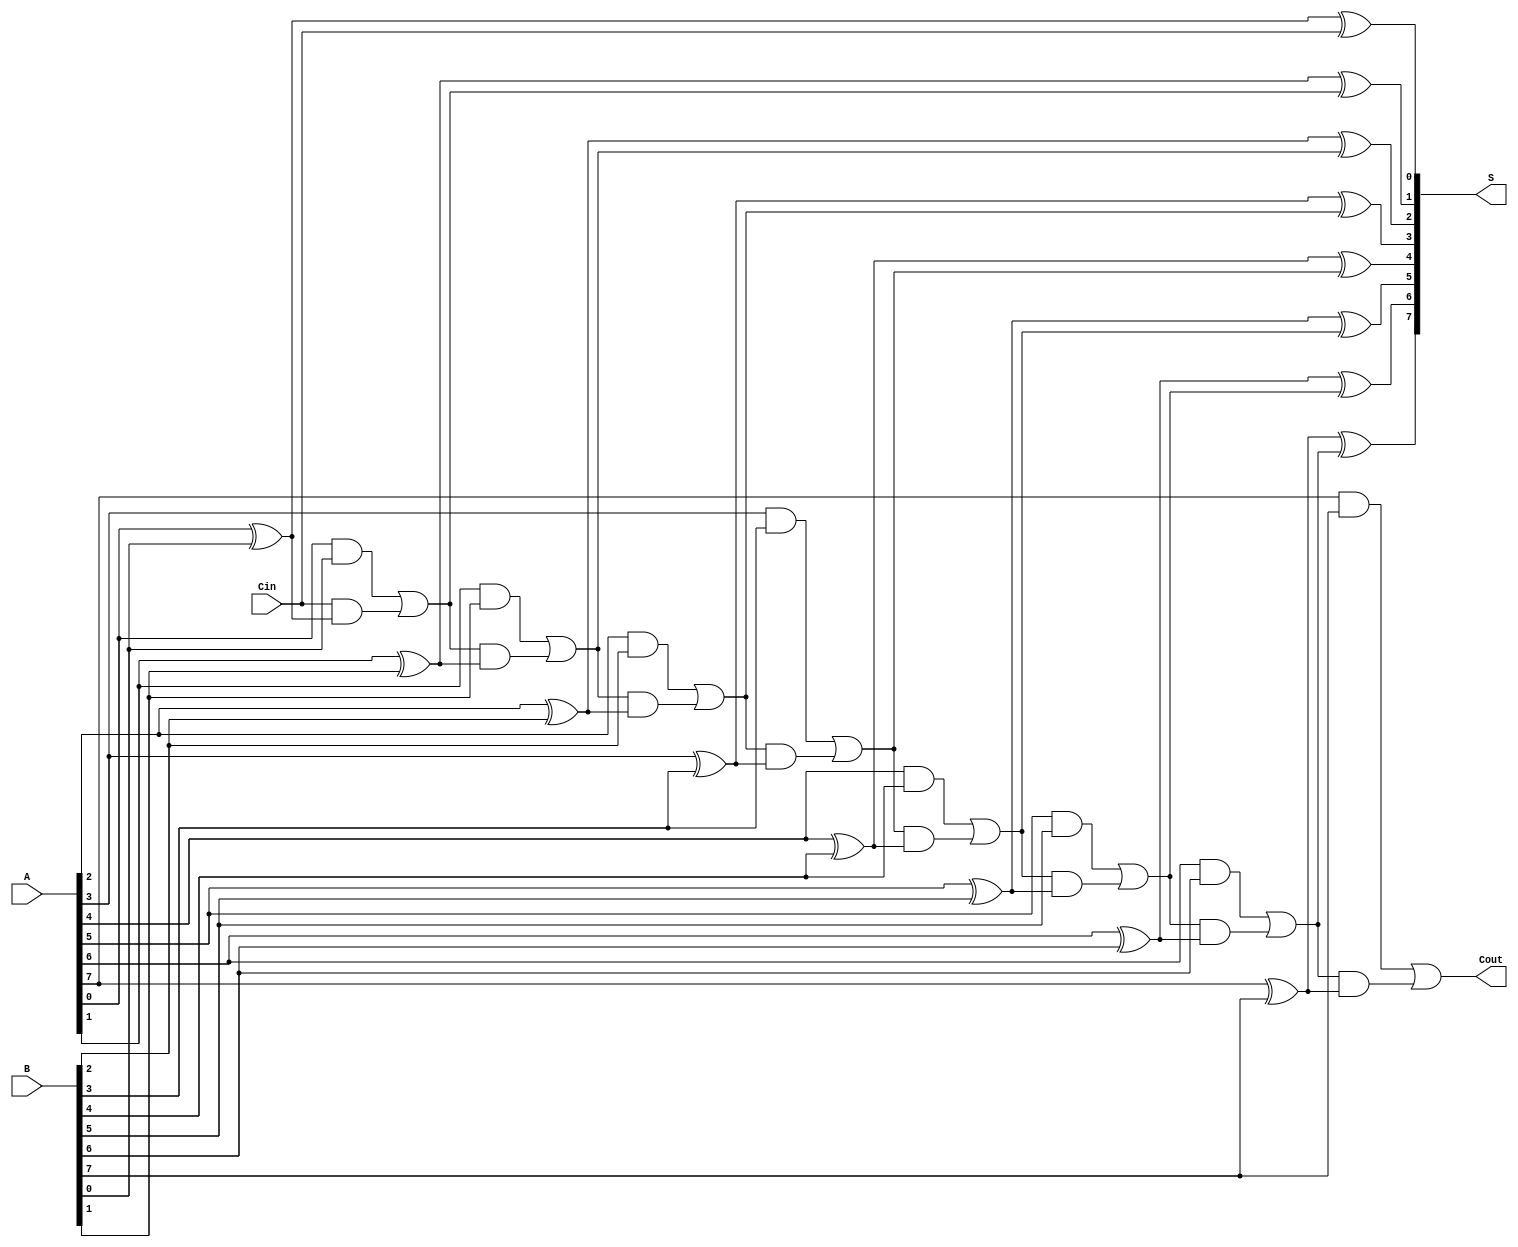
module PrecomputationCarryAdder #(parameter n = 8) (
    input  [n-1:0] A,     // n-bit input A
    input  [n-1:0] B,     // n-bit input B
    input          Cin,    // Carry-in
    output [n-1:0] S,      // n-bit Sum output
    output         Cout     // Carry-out
);

    // Carry and Sum registers
    reg [n:0] C;         // Carry array with an extra bit for Cout
    reg [n-1:0] S_out;   // Sum output register

    integer i;

    always @(*) begin
        // Initialize carry
        C[0] = Cin;

        // Generate carry values
        for (i = 0; i < n; i = i + 1) begin
            C[i + 1] = (A[i] & B[i]) | (C[i] & (A[i] ^ B[i]));
        end

        // Compute sum values
        for (i = 0; i < n; i = i + 1) begin
            S_out[i] = A[i] ^ B[i] ^ C[i];
        end
    end

    // Assign output values
    assign S = S_out;     // Assign sum output
    assign Cout = C[n];   // Assign final carry-out

endmodule